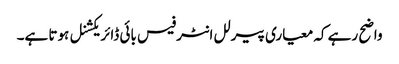
واضح رہے کہ معیاری پیرلل انٹرفیس بائی ڈائریکشنل ہوتا ہے۔